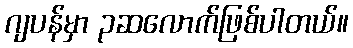
ဂျပန်မှာ ၃ဆလောက်ဖြစ်ပါတယ်။